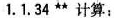
1. 1.34 ** 计算: